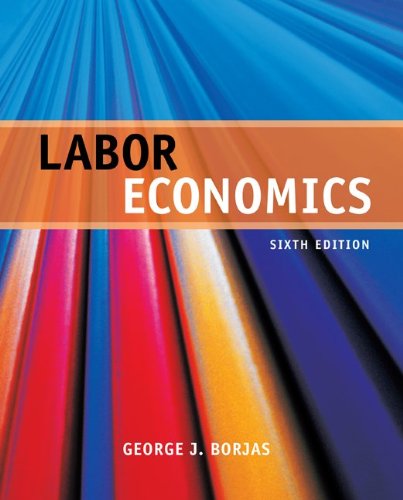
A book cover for Labor Economics; George Borjas; Business & Money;